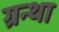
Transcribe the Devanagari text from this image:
ग्रन्था